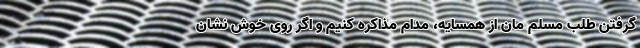
گرفتن طلب مسلم مان از همسایه، مدام مذاکره کنیم و اگر روی خوش نشان